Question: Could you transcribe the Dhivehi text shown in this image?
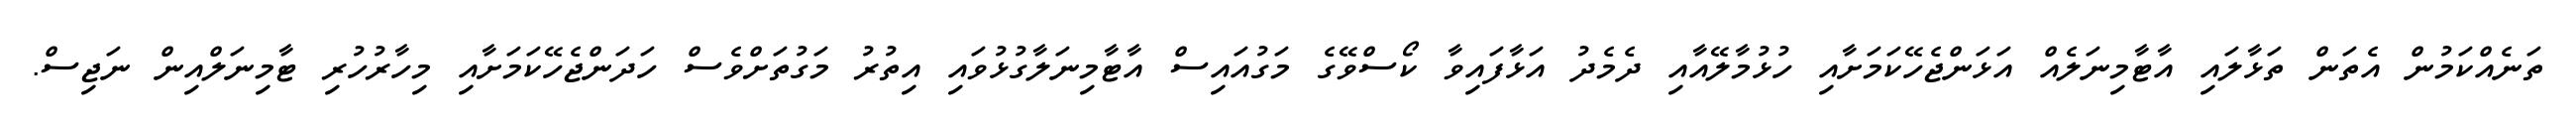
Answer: ތަނެއްކަމުން އެތަން ތަޅާލައި އާޓާމިނަލެއް އަޅަންޖެހޭކަމަށާއި ހުޅުމާލޭއާއި ދެމެދު އަޅާފައިވާ ކޯސްވޭގެ މަގުއައިސް އާޓާމިނަލާގުޅުވައި އިތުރު މަގުތަށްވެސް ހަދަންޖެހޭކަމަށާއި މިހާރުހުރި ޓާމިނަލްއިން ނަޖިސް.